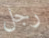
رجل